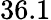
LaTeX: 36.1